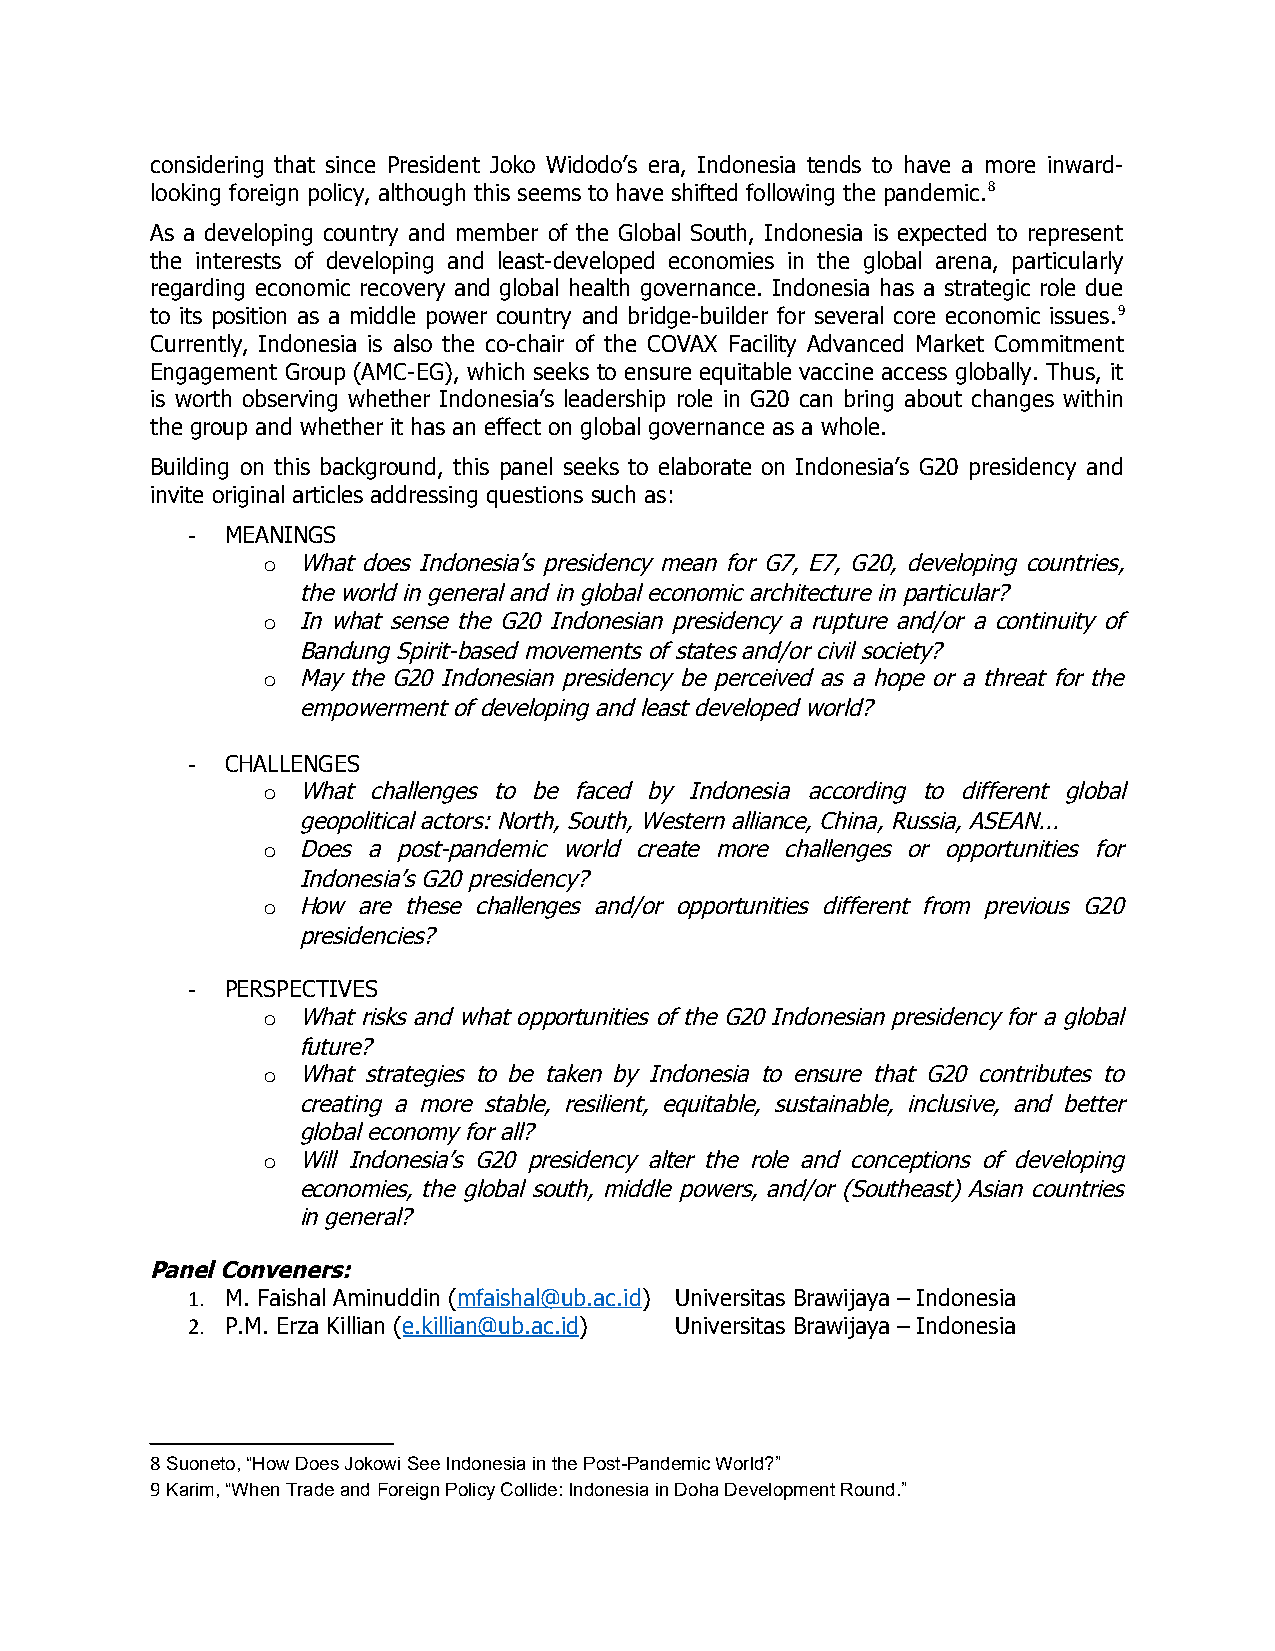
considering that since President Joko Widodo’s era, Indonesia tends to have a more inward-
 looking foreign policy, although this seems to have shifted following the pandemic.8
 As a developing country and member of the Global South, Indonesia is expected to represent
 the interests of developing and least-developed economies in the global arena, particularly
 regarding economic recovery and global health governance. Indonesia has a strategic role due
 to its position as a middle power country and bridge-builder for several core economic issues.9
 Currently, Indonesia is also the co-chair of the COVAX Facility Advanced Market Commitment
 Engagement Group (AMC-EG), which seeks to ensure equitable vaccine access globally. Thus, it
 is worth observing whether Indonesia’s leadership role in G20 can bring about changes within
 the group and whether it has an effect on global governance as a whole.
 Building on this background, this panel seeks to elaborate on Indonesia’s G20 presidency and
 invite original articles addressing questions such as:
 -  MEANINGS
 o  What does Indonesia’s presidency mean for G7, E7, G20, developing countries,
 the world in general and in global economic architecture in particular?
 o  In what sense the G20 Indonesian presidency a rupture and/or a continuity of
 Bandung Spirit-based movements of states and/or civil society?
 o  May the G20 Indonesian presidency be perceived as a hope or a threat for the
 empowerment of developing and least developed world?
 -  CHALLENGES
 o  What challenges to be faced by Indonesia according to different global
 geopolitical actors: North, South, Western alliance, China, Russia, ASEAN...
 o  Does a post-pandemic world create more challenges or opportunities for
 Indonesia’s G20 presidency?
 o  How are these challenges and/or opportunities different from previous G20
 presidencies?
 -  PERSPECTIVES
 o  What risks and what opportunities of the G20 Indonesian presidency for a global
 future?
 o  What strategies to be taken by Indonesia to ensure that G20 contributes to
 creating a more stable, resilient, equitable, sustainable, inclusive, and better
 global economy for all?
 o  Will Indonesia’s G20 presidency alter the role and conceptions of developing
 economies, the global south, middle powers, and/or (Southeast) Asian countries
 in general?
 Panel Conveners:
 1. M. Faishal Aminuddin (mfaishal@ub.ac.id) Universitas Brawijaya – Indonesia
 2. P.M. Erza Killian (e.killian@ub.ac.id) Universitas Brawijaya – Indonesia
 8 Suoneto, “How Does Jokowi See Indonesia in the Post-Pandemic World?”
 9 Karim, “When Trade and Foreign Policy Collide: Indonesia in Doha Development Round.”